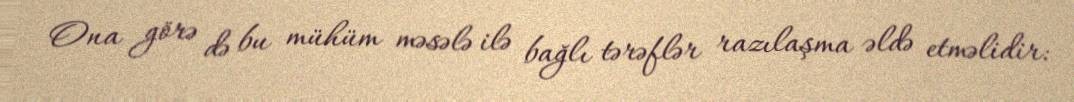
Ona görə də bu mühüm məsələ ilə bağlı tərəflər razılaşma əldə etməlidir: